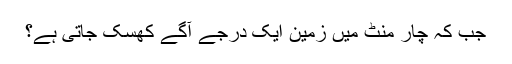
جب کہ چار منٹ میں زمین ایک درجے آگے کھسک جاتی ہے؟